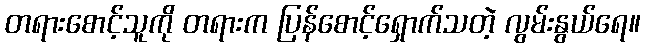
တရားစောင့်သူကို တရားက ပြန်စောင့်ရှောက်သတဲ့ လွမ်းနွယ်ရေ။